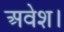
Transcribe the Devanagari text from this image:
अवेश।